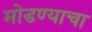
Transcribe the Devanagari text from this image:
मोडण्याचा